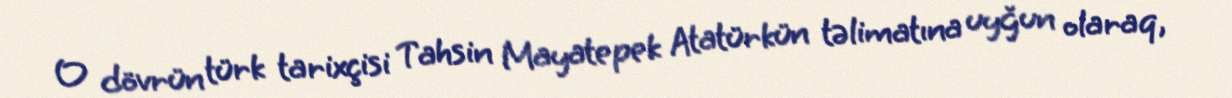
O dövrün türk tarixçisi Tahsin Mayatepek Atatürkün təlimatına uyğun olaraq,